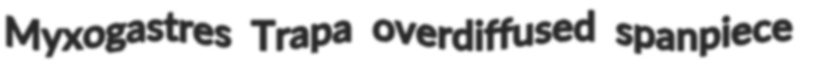
Myxogastres Trapa overdiffused spanpiece